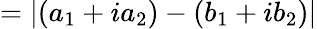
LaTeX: =|(a_{1}+ia_{2})-(b_{1}+ib_{2})|